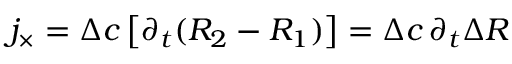
j _ { \times } = \Delta c \, \bigl [ \partial _ { t } ( R _ { 2 } - R _ { 1 } ) \bigr ] = \Delta c \, \partial _ { t } \Delta R